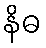
နိဓ